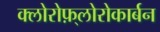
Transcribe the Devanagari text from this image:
क्लोरोफ़्लोरोकार्बन